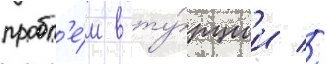
пробл'е́м в ту́рции //